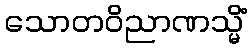
သောတဝိညာဏသ္မိံ